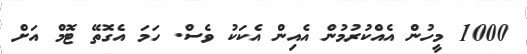
1000 މީހުން އެއްްކުރުމުން އެއިން އެކަކު ވެސް. ހަމަ އެގޮތޭ ޓޮމް އަށް